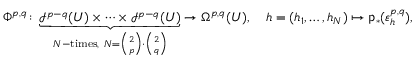
\Phi ^ { p , q } \colon \underbrace { \mathcal I ^ { p - q } ( U ) \times \dots \times \mathcal I ^ { p - q } ( U ) } _ { N \mathrm { - t i m e s } , ~ N = { \binom { 2 } { p } } \cdot { \binom { 2 } { q } } } \rightarrow \Omega ^ { p , q } ( U ) , \quad h = ( h _ { 1 } , \dots , h _ { N } ) \mapsto \mathsf { p } _ { * } ( \varepsilon _ { h } ^ { p , q } ) ,